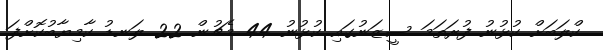
ކްލަބަށް ކުޅުނު ފުރަތަމަ ސީޒަނުގައި ކުޅުނު 44 މެޗުން 22 ލަނޑު ކާމިޔާބުކޮށްފަ